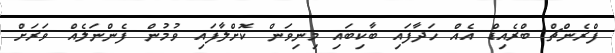
ފްރެންޗް ބްރެއިޑް އެއް ހަދާފައި ބާކިބައި މިނިވަން ކޮށްލާފައި ވުމުން ފެންނަލެއް ވަރަށް